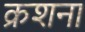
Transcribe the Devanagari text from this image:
क्रशना